Jaan_Tonisson_(Lasteleht), lk 252
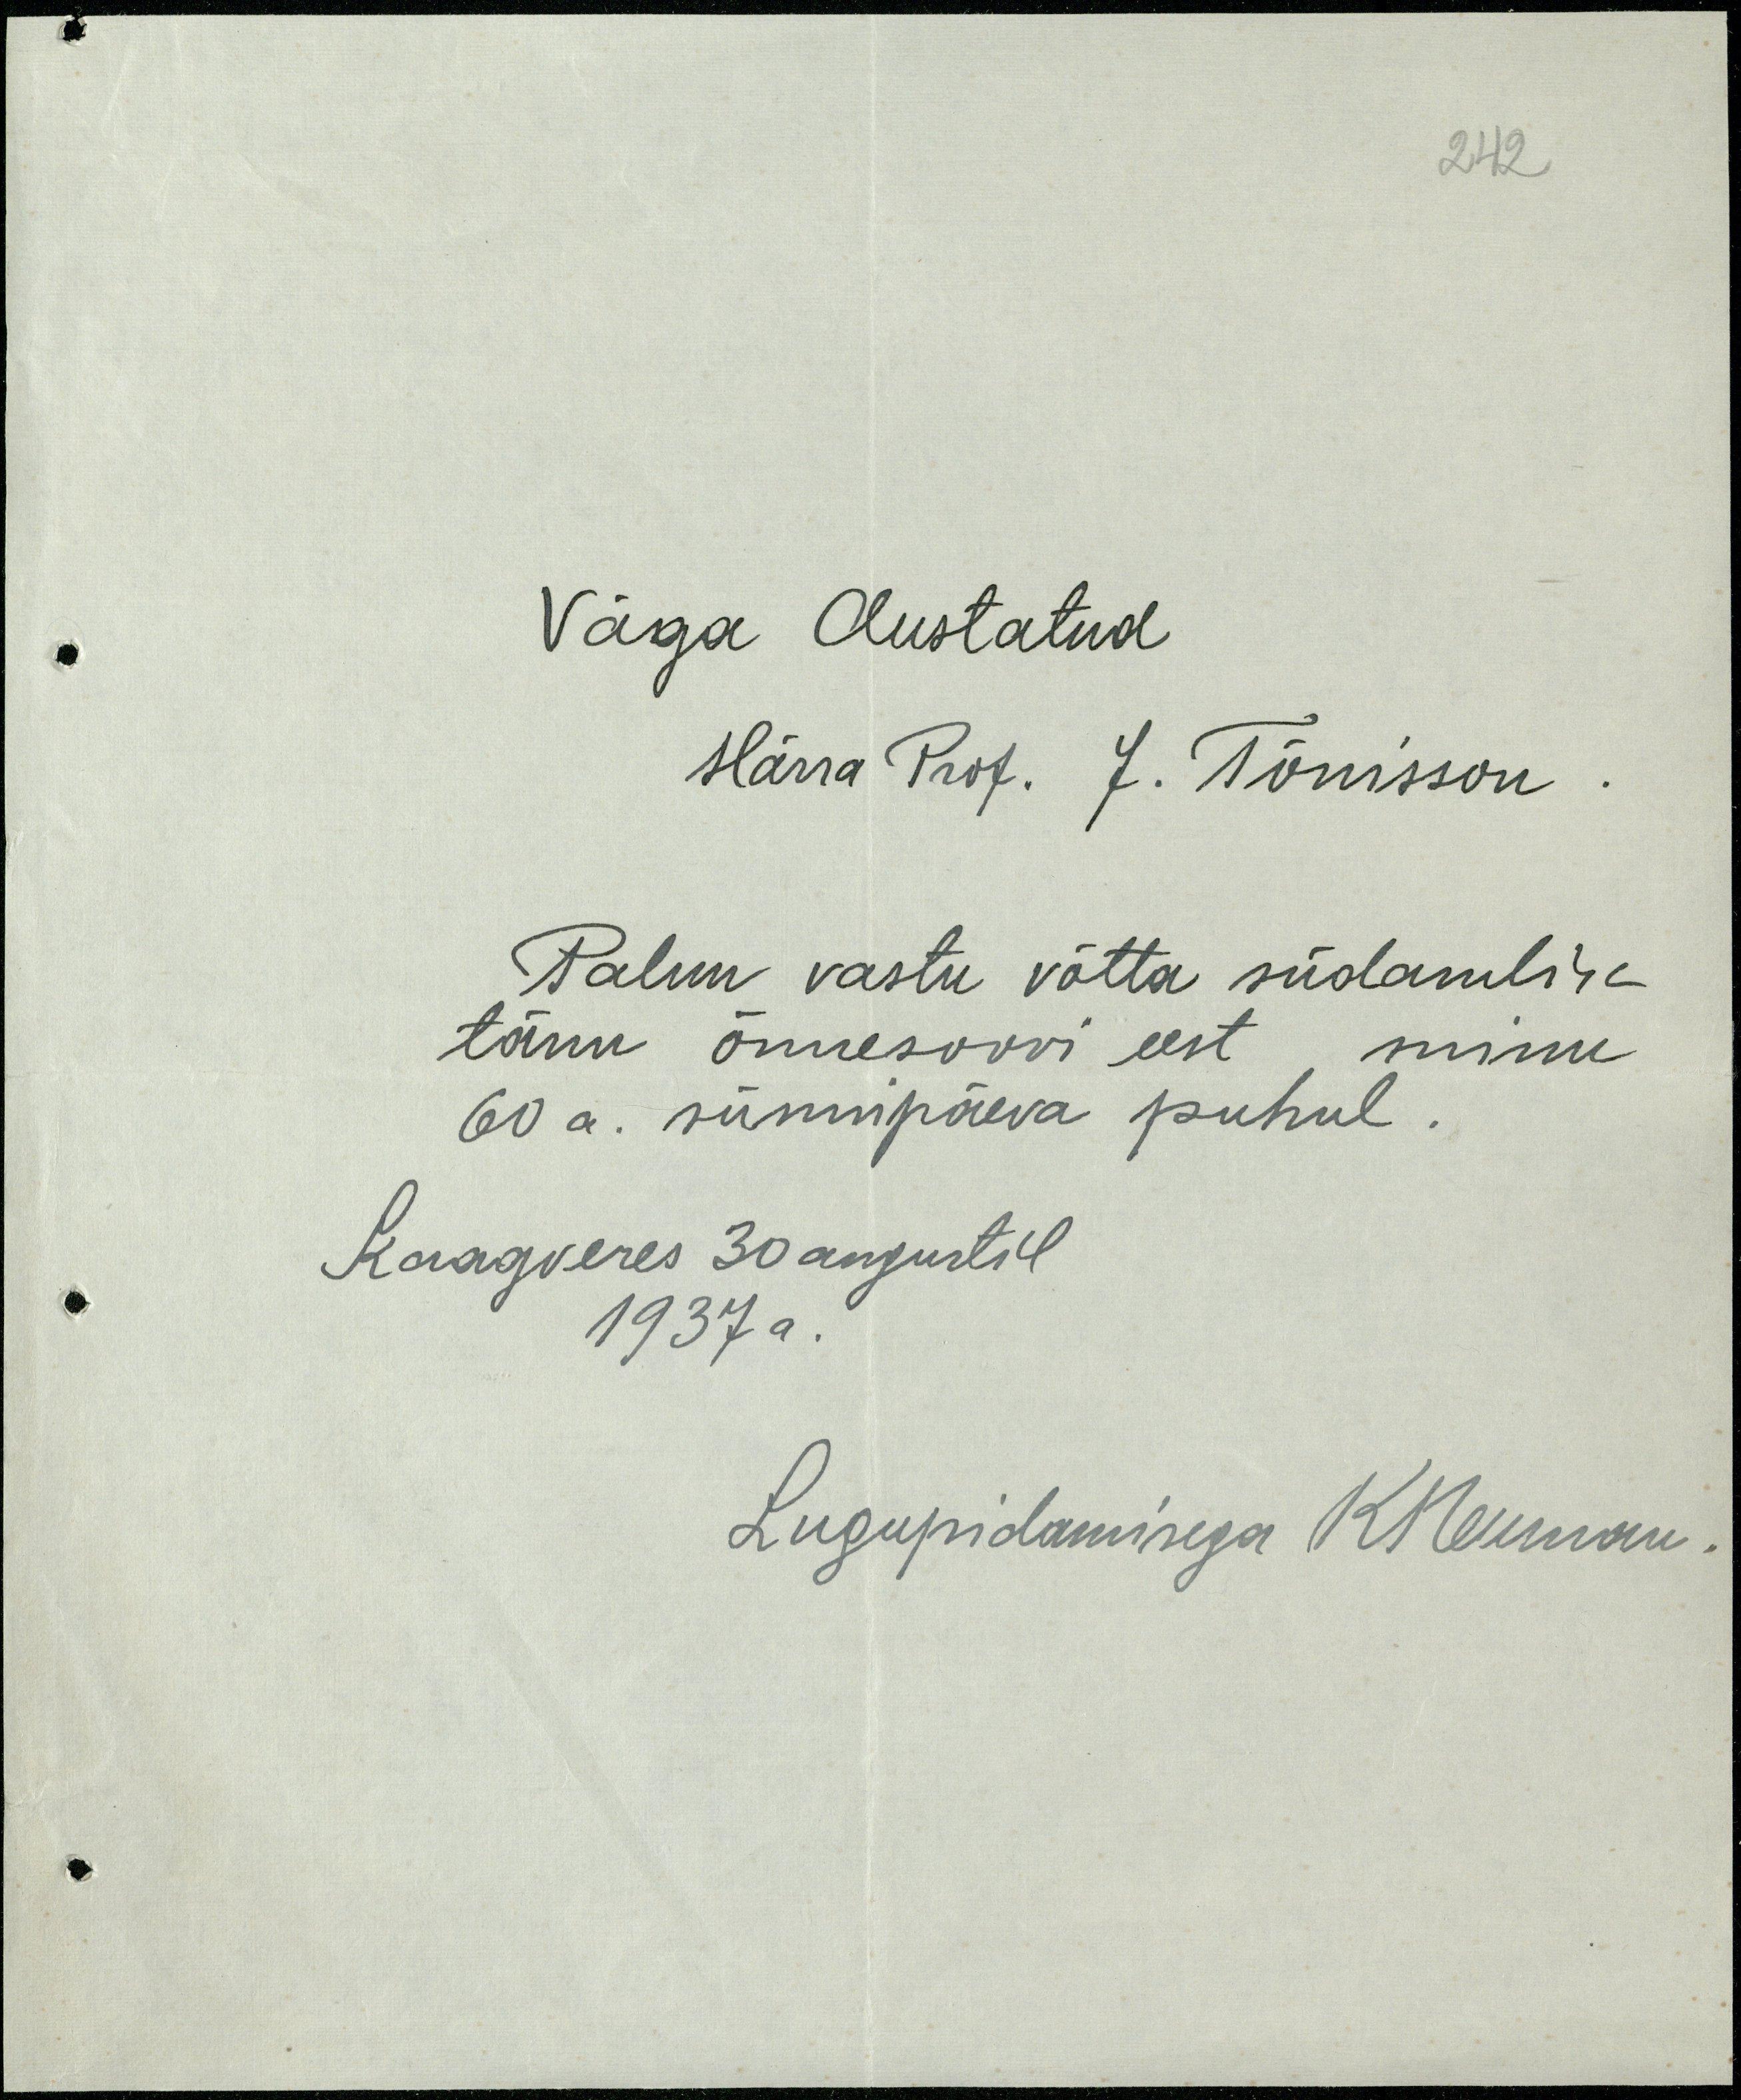
242
Väga Austatud
Härra Prof. J. Tõnisson
Palun vastu võtta südamlik
tänu õnnesoovi eest minu
60 a. sünnipäeva puhul.
Kaagveres 30 augustil
1937 a.
Lugupidamisega KNeuman